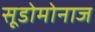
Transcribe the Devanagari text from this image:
सूडोमोनाज